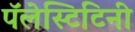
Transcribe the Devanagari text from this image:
पॅलेस्टिटिनी